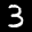
Label: 3